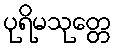
ပုရိမသုတ္တေ